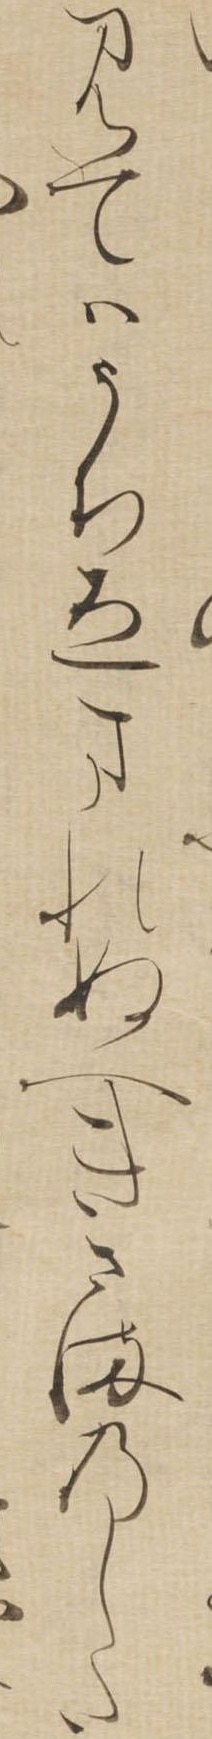
みてはうちゑまれぬへきさまのした